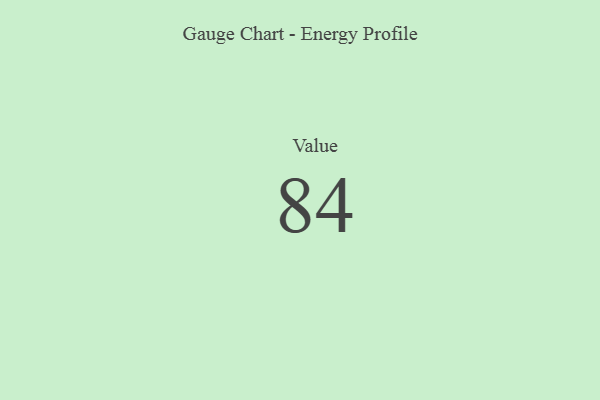
{"axis": {"x": "Metric", "y": "Value"}, "legend": [""], "data": [{"x": "Value", "y": 84, "type": ""}]}